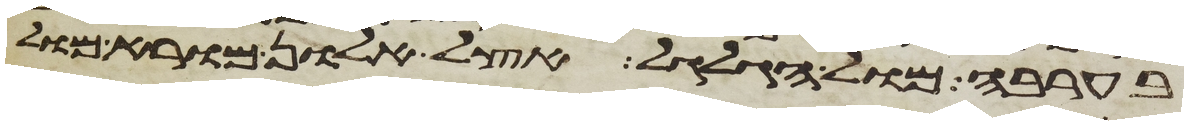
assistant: בערבה מול הגלגל אצל אלון מורא מול